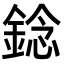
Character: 錜